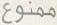
ممنوع